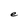
Character: e